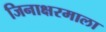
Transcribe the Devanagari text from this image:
जिनाक्षरमाला